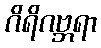
ဂိရိဂဗ္ဘရာ